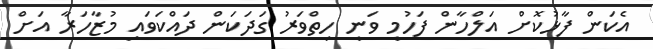
އެކަން ފާޅުކޮށް އަލްހާން ފަހުމީ ވަނީ ހިތްވަރު ގަދަކަން ދައްކަވައި މުޒާހަރާ އަށް